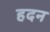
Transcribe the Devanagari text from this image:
हदन